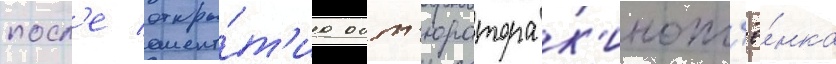
посл'е откры́т'иа обт'юратора к'инопл'ё́нка